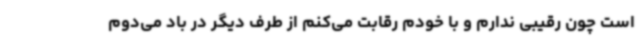
است چون رقیبی ندارم و با خودم رقابت می‌کنم از طرف دیگر در باد می‌دوم